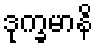
ဒုက္ခမာနိ